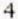
4